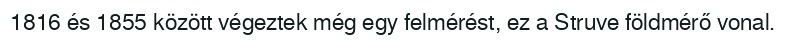
1816 és 1855 között végeztek még egy felmérést, ez a Struve földmérő vonal.